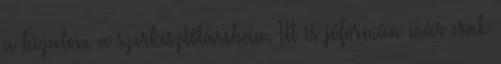
a bizalom a szerkesztőtársban. Itt is jóformán már csak